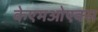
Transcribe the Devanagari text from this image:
केएमओएक्स